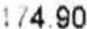
174.90